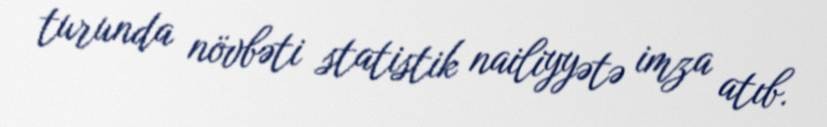
turunda növbəti statistik nailiyyətə imza atıb.